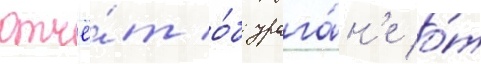
отчё́т о́б урага́н'е о́т